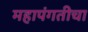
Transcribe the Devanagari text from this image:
महापंगतीचा